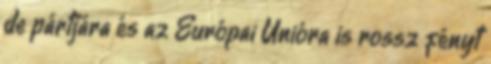
de pártjára és az Európai Unióra is rossz fényt